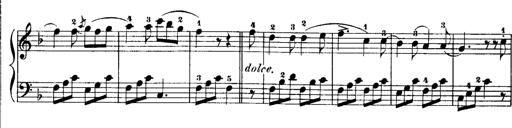
Title: Rondos and Sonatinas for Pianoforte
Composer: Daniel Steibelt